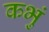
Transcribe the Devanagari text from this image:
कभुं